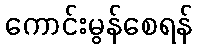
ကောင်းမွန်စေရန်